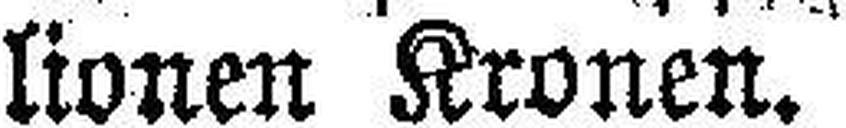
lionen Kronen.